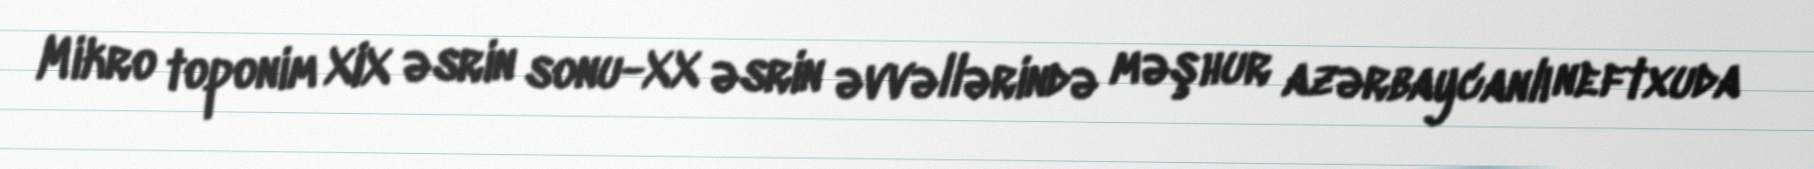
Mikro toponim XIX əsrin sonu-XX əsrin əvvəllərində məşhur azərbaycanlı neftxuda